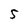
Character: 5